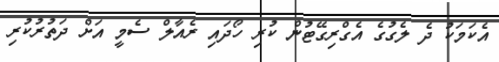
އެކަމަކު ދެ ލެގުގެ އެގްރިގޭޓުން ކުރި ހޯދައި ރެއާލް ސެމީ އަށް ދަތުރުކުރި